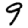
Digit: 9